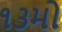
૧૩મો